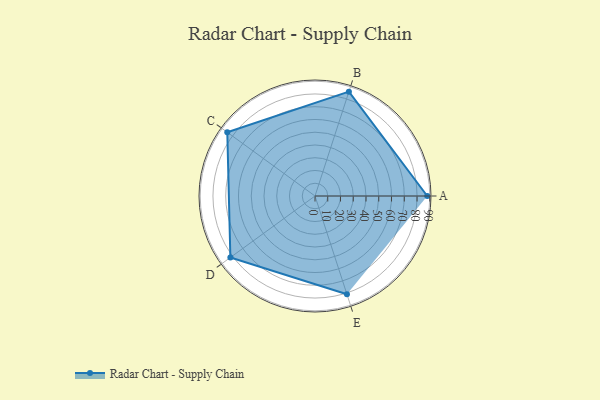
{"axis": {"x": "Skill", "y": "Score"}, "legend": ["Profile"], "data": [{"x": "A", "y": 88.0, "type": "Profile"}, {"x": "B", "y": 86.0, "type": "Profile"}, {"x": "C", "y": 85.0, "type": "Profile"}, {"x": "D", "y": 82.0, "type": "Profile"}, {"x": "E", "y": 81.0, "type": "Profile"}]}